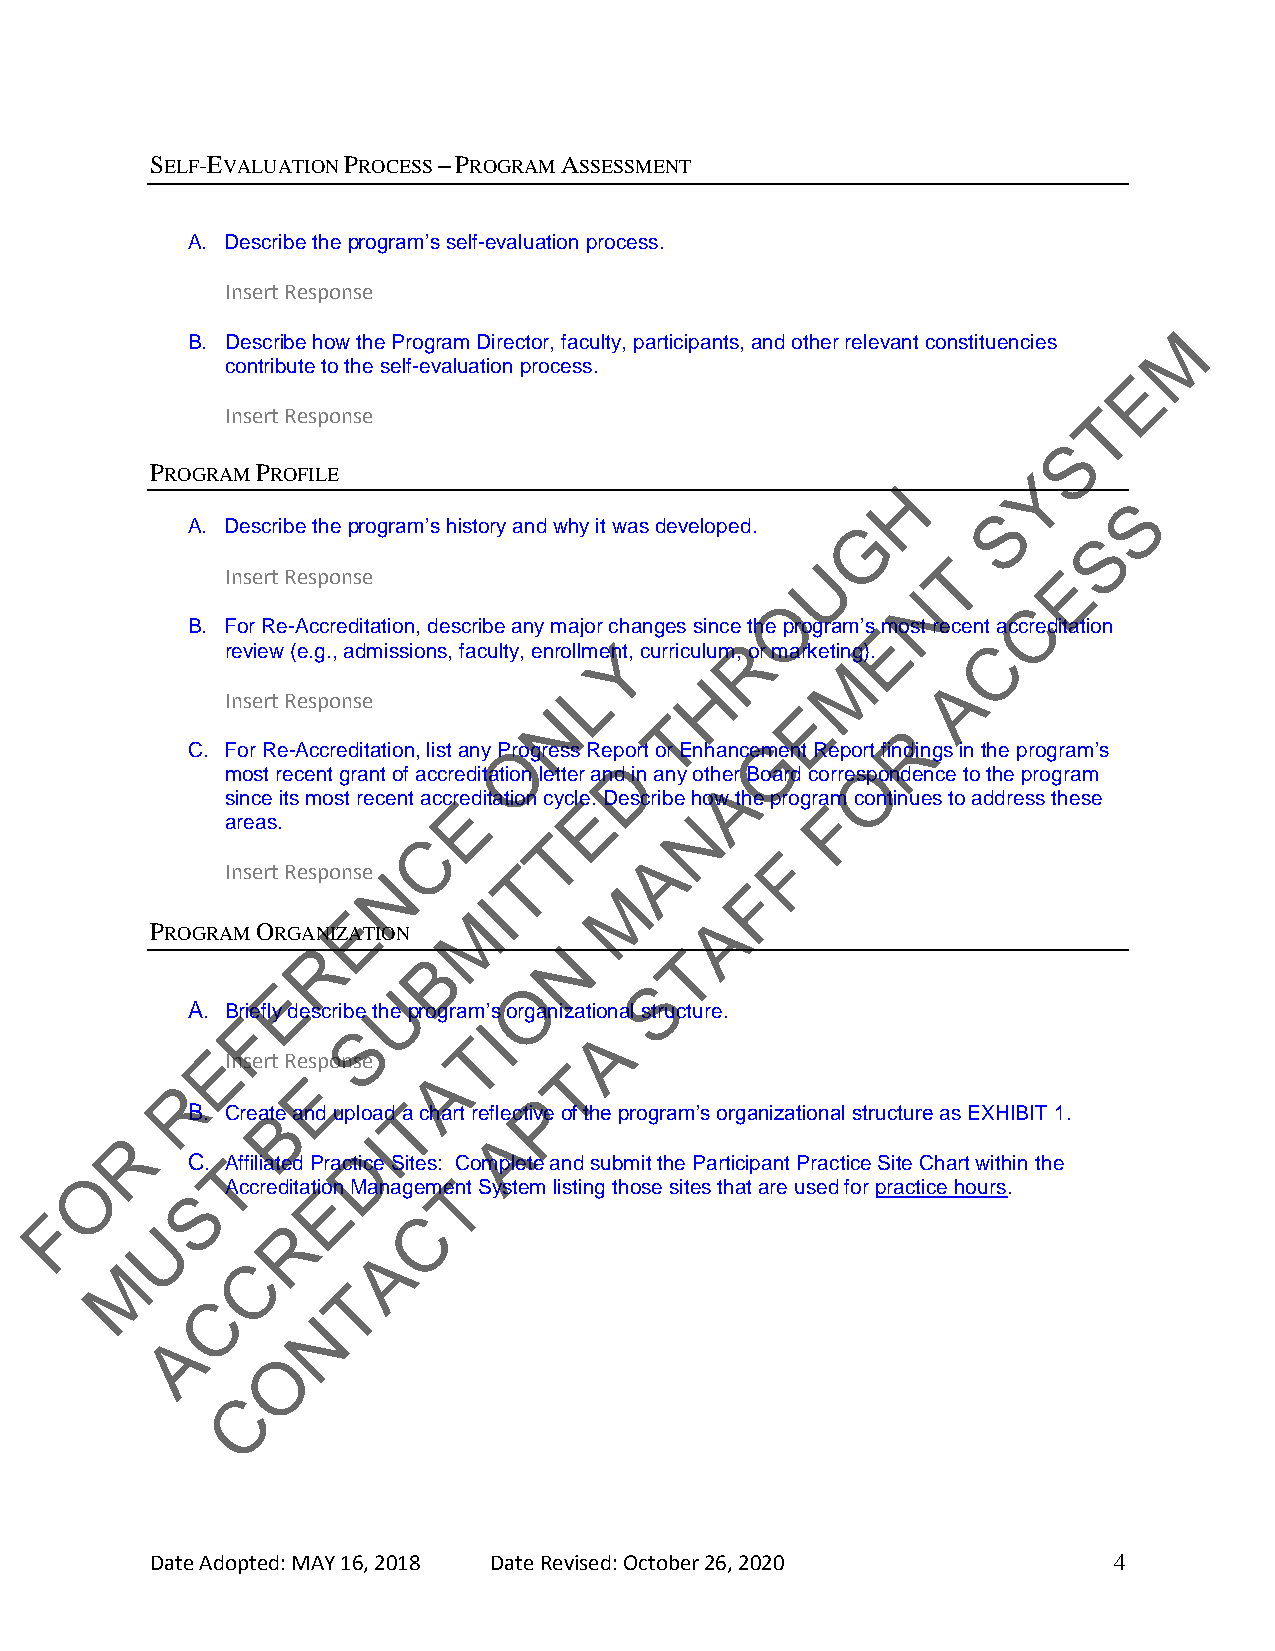
SELF-EVALUATION PROCESS – PROGRAM ASSESSMENT
 A. Describe the program’s self-evaluation process.
 Insert Response
 M
 B. Describe how the Program Director, faculty, participants, and other relevant constituencies
 contribute to the self-evaluation process.
 E
 Insert Response                                           T
 S
 PROGRAM PROFILE                                           Y
 H
 S
 S
 A. Describe the program’s history and why it was developed. G
 S
 U        T
 Insert Response                                        E
 N
 O               C
 B. For Re-Accreditation, describe any major ch anges since the program’s Emost recent accreditation
 review (e.g., admissions, faculty, enrollmeYnt, curriculum,R or marketing). C
 M
 L       H                A
 Insert Response
 N
 T
 E
 R
 C. For Re-Accreditation, list any POrogress Repo rt or EnhancemG ent Report findings in the program’s
 D               O
 most recent grant of accreditation letter and in any other Board correspondence to the program
 A
 since its most recent accrEeditation cycleE. Describe how the progra Fm continues to address these
 areas.                         N
 C       T
 A       F
 Insert Response N  T
 M       F
 I
 E       M               A
 PROGRAM ORGANIZATION
 R      B        N       T
 E                O       S
 U
 A. Briefly describe the program’s organizational structure.
 F
 S       TI       A
 E
 Insert Resp onse
 A       T
 E
 R
 P
 B. CreaBte and upload T a chart reflective of the program’s organizational structure as EXHIBIT 1.
 R               I        A
 D
 C. TAffiliated Practice Sites: C omplete and submit the Participant Practice Site Chart within the
 O
 S
 AccreditatEion ManagemeTnt System listing those sites that are used for practice hours.
 F                        C
 U        R
 A
 M       C
 T
 C
 N
 A
 O
 C
 Date Adopted: MAY 16, 2018 Date Revised: October 26, 2020       4